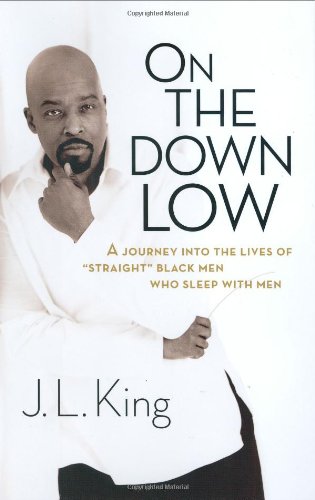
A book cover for On the Down Low: A Journey into the Lives of 'Straight' Black Men Who Sleep with Men; J.L. King; Gay & Lesbian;